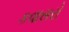
કવાસરો